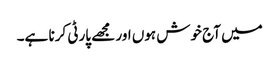
میں آج خوش ہوں اور مجھے پارٹی کرنا ہے۔